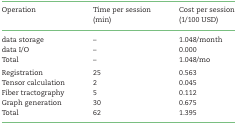
<table><thead><tr><td><b>Operation</b></td><td><b>Time per session</b></td><td><b>Cost per session</b></td></tr><tr><td></td><td><b>(min)</b></td><td><b>(1/100 USD)</b></td></tr></thead><tbody><tr><td>data storage</td><td>–</td><td>1.048/month</td></tr><tr><td>data I/O</td><td>–</td><td>0.000</td></tr><tr><td>Total</td><td>–</td><td>1.048/mo</td></tr><tr><td>Registration</td><td>25</td><td>0.563</td></tr><tr><td>Tensor calculation</td><td>2</td><td>0.045</td></tr><tr><td>Fiber tractography</td><td>5</td><td>0.112</td></tr><tr><td>Graph generation</td><td>30</td><td>0.675</td></tr><tr><td>Total</td><td>62</td><td>1.395</td></tr></tbody></table>